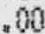
.00